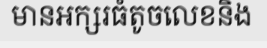
មានអក្សរធំតូចលេខនិង